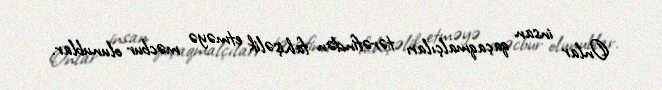
Onlar insan qaçaqmalçıları tərəfindən fahişəlik etməyə məcbur olunublar.